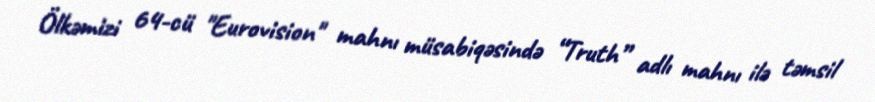
Ölkəmizi 64-cü "Eurovision" mahnı müsabiqəsində “Truth” adlı mahnı ilə təmsil